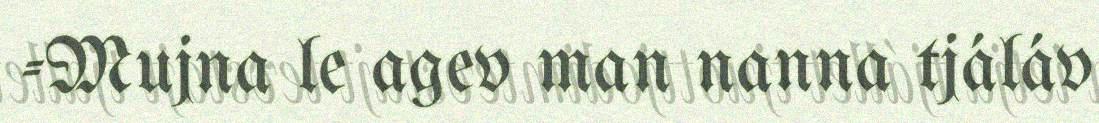
-Mujna le agev man nanna tjáláv